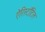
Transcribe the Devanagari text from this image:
ऐरिस्टॉटिल